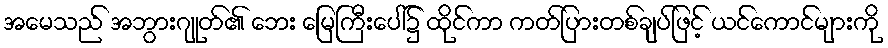
အမေသည် အဘွားဂျုတ်၏ ဘေး မြေကြီးပေါ်၌ ထိုင်ကာ ကတ်ပြားတစ်ချပ်ဖြင့် ယင်ကောင်များကို